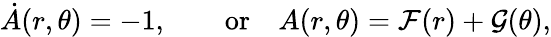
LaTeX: \dot{A}(r,\theta)=-1,\qquad\mathrm{or}\quad A(r,\theta)={\cal F}(r)+{\cal G}(\theta),